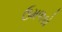
ઉમળકો